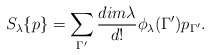
\begin{align*}S_{\lambda}\{p\} = \sum_{\Gamma^{\prime}}\frac{ dim{\lambda}}{d!}\phi_{\lambda}(\Gamma^{\prime})p_{\Gamma^{\prime}}.\end{align*}